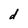
Character: d